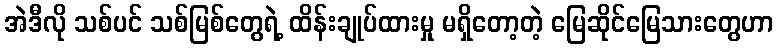
အဲဒီလို သစ်ပင် သစ်မြစ်တွေရဲ့ ထိန်းချုပ်ထားမှု မရှိတော့တဲ့ မြေဆိုင်မြေသားတွေဟာ